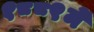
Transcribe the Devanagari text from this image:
१८८९में